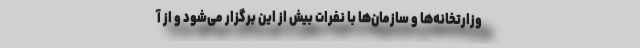
وزارتخانه‌ها و سازمان‌ها با نفرات بیش از این برگزار می‌شود و از آ